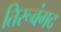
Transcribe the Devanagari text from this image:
तिरूवंगद